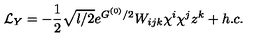
{ \cal L } _ { Y } = - \frac { 1 } { 2 } \sqrt { l / 2 } e ^ { G ^ { ( 0 ) } / 2 } W _ { i j k } \chi ^ { i } \chi ^ { j } z ^ { k } + h . c .